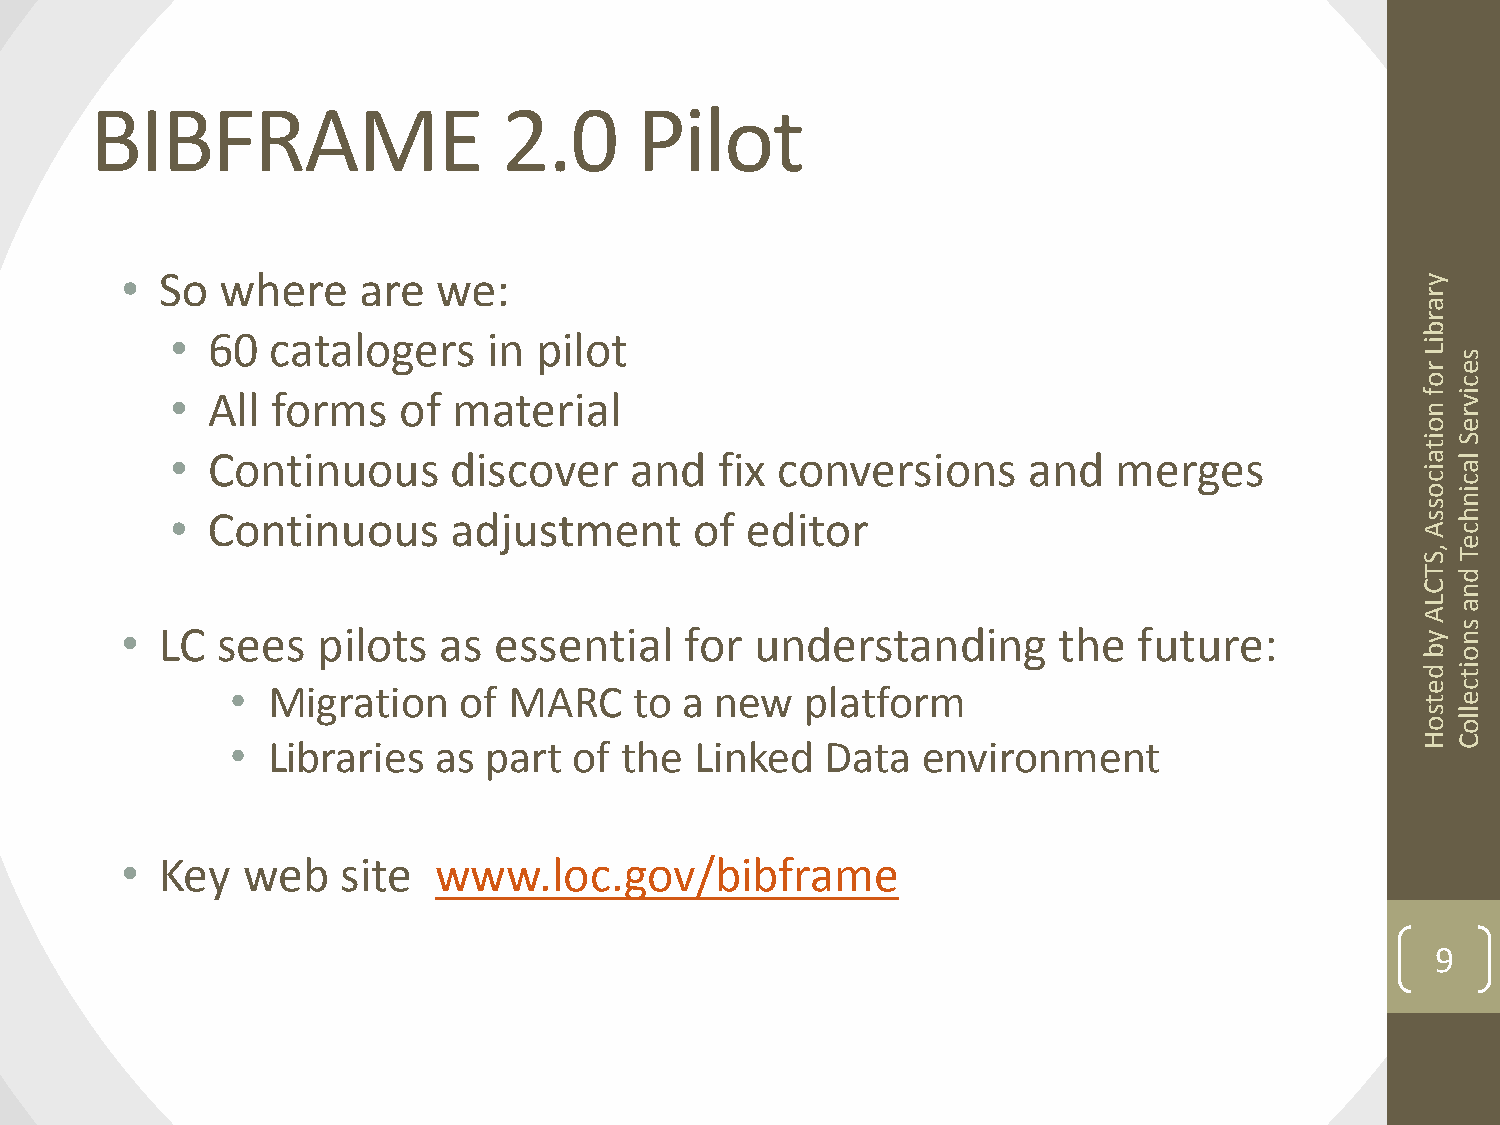
BIBFRAME                   2.0      Pilot
 •  So  where    are  we:                                                              y
 r
 a
 r
 •  60  catalogers    in pilot                                                      b
 i
 L rs
 e
 oc
 •  All forms   of  material                                                        f i v
 nr
 oe
 iS
 t
 •  Continuous      discover    and   fix conversions     and   merges              a l
 ia
 cc
 oi
 sn
 •  Continuous      adjustment      of editor                                       sh
 Ac
 e
 , ST
 T d
 Cn
 La
 A
 •  LC sees   pilots  as  essential   for  understanding       the  future:            ys
 n
 bo
 di
 t
 •  Migration   of  MARC    to a new   platform                                 ec
 te
 sl
 ol
 o
 •  Libraries  as part  of the  Linked   Data  environment                      HC
 •  Key  web    site  www.loc.gov/bibframe
 9